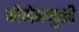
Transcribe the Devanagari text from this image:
जीबोनमुखी